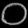
Digit: ၀